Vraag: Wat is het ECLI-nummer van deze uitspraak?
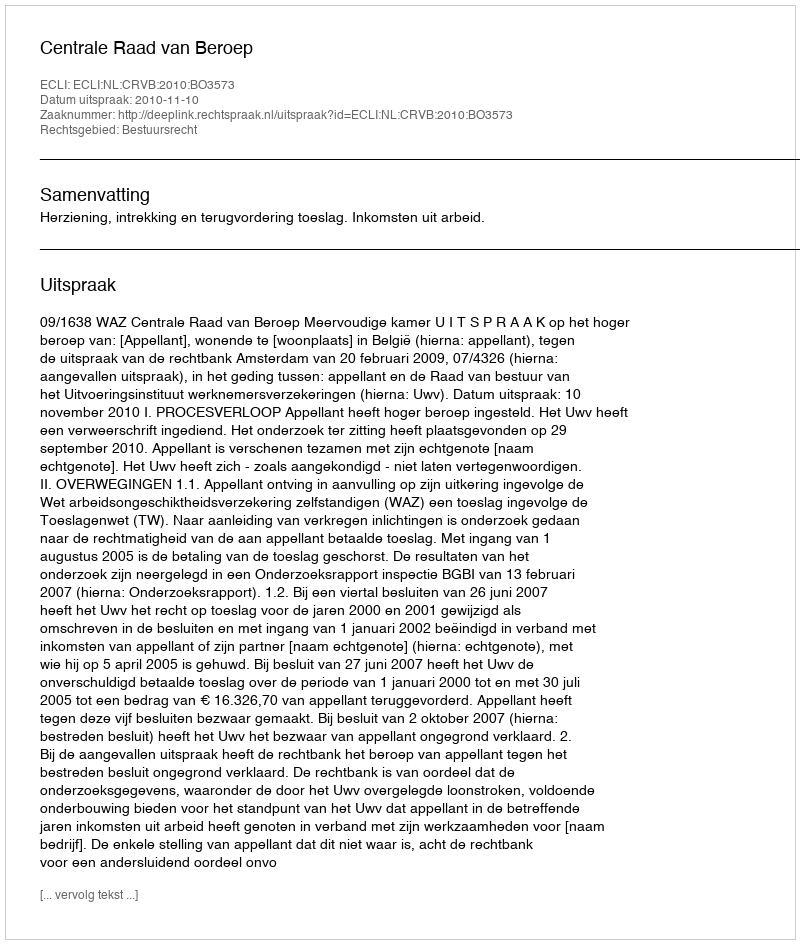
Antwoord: ECLI:NL:CRVB:2010:BO3573